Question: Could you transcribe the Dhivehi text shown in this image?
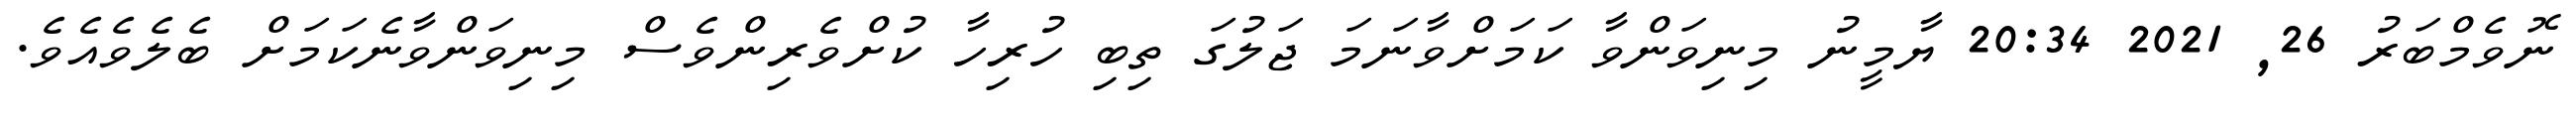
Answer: ނޮވެމްބަރު 26, 2021 20:34 ޔާމީނު މިނިވަންވާ ކަމަށްވާނަމަ ޖަލުގަ ތިބި ހުރިހާ ކުށްވެރިންވެސް މިނިވަންވާނެކަމަށް ބެލެވެއެވެ.